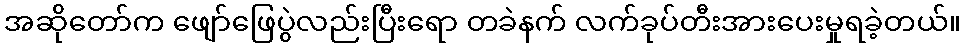
အဆိုတော်က ဖျော်ဖြေပွဲလည်းပြီးရော တခဲနက် လက်ခုပ်တီးအားပေးမှုရခဲ့တယ်။